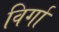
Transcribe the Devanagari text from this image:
विर्गा